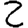
Digit: 2